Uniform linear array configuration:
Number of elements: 32
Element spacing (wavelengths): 0.25
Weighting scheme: hamming
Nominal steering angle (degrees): -30
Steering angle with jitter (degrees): -29.985
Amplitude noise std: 0.05
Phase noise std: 0.05

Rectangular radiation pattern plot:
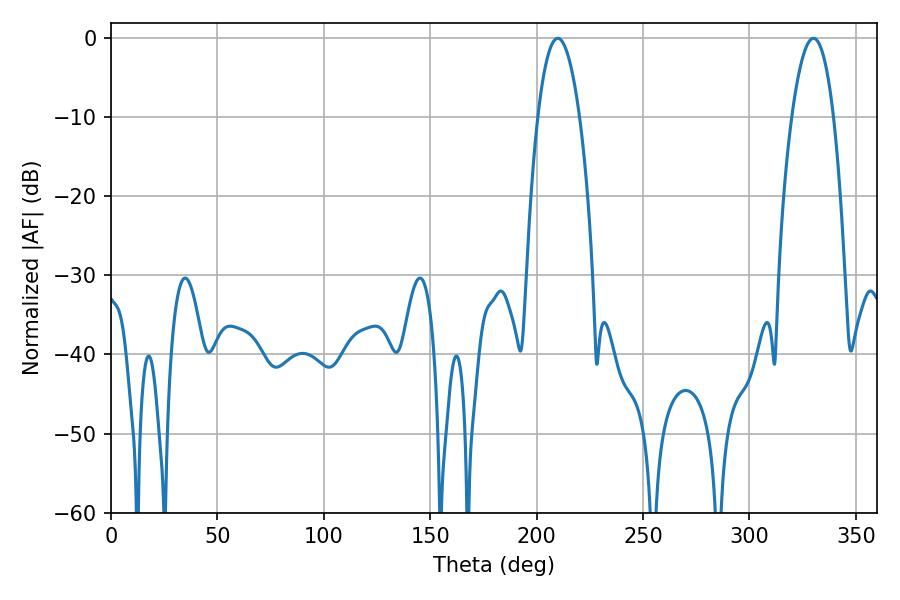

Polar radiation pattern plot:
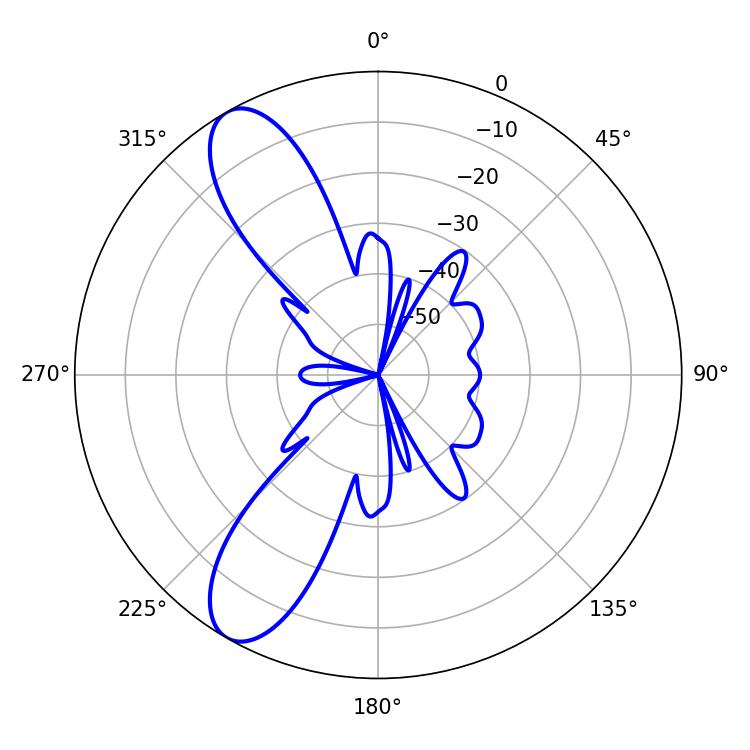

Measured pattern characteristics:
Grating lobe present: FALSE
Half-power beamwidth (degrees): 10.8
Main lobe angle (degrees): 209.88